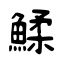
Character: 鰇